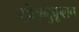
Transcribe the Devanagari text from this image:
संघानुकूलच